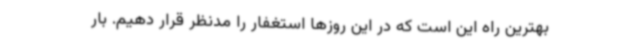
بهترین راه این است که در این روزها استغفار را مدنظر قرار دهیم. بار